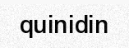
quinidin